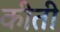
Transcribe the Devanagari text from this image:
कीती